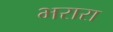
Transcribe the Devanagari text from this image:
भरारा